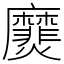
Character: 㸏